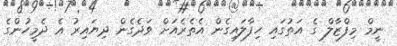
ނީމް މިފްޒާލް ގެ އަތުގައި ހިފާލައިގެން އެތެރެއަށް ވަދެގެން ދިޔައިރު އެ ދެމީހުންގެ